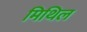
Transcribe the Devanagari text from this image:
मिथिल